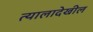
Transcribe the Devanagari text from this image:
त्यालादेखील